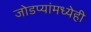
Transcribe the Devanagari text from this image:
जोडप्यांमध्येही